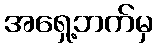
အရှေ့ဘက်မှ